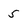
Character: 5